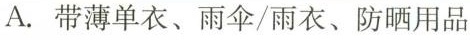
A.带薄单衣、雨伞/雨衣、防晒用品